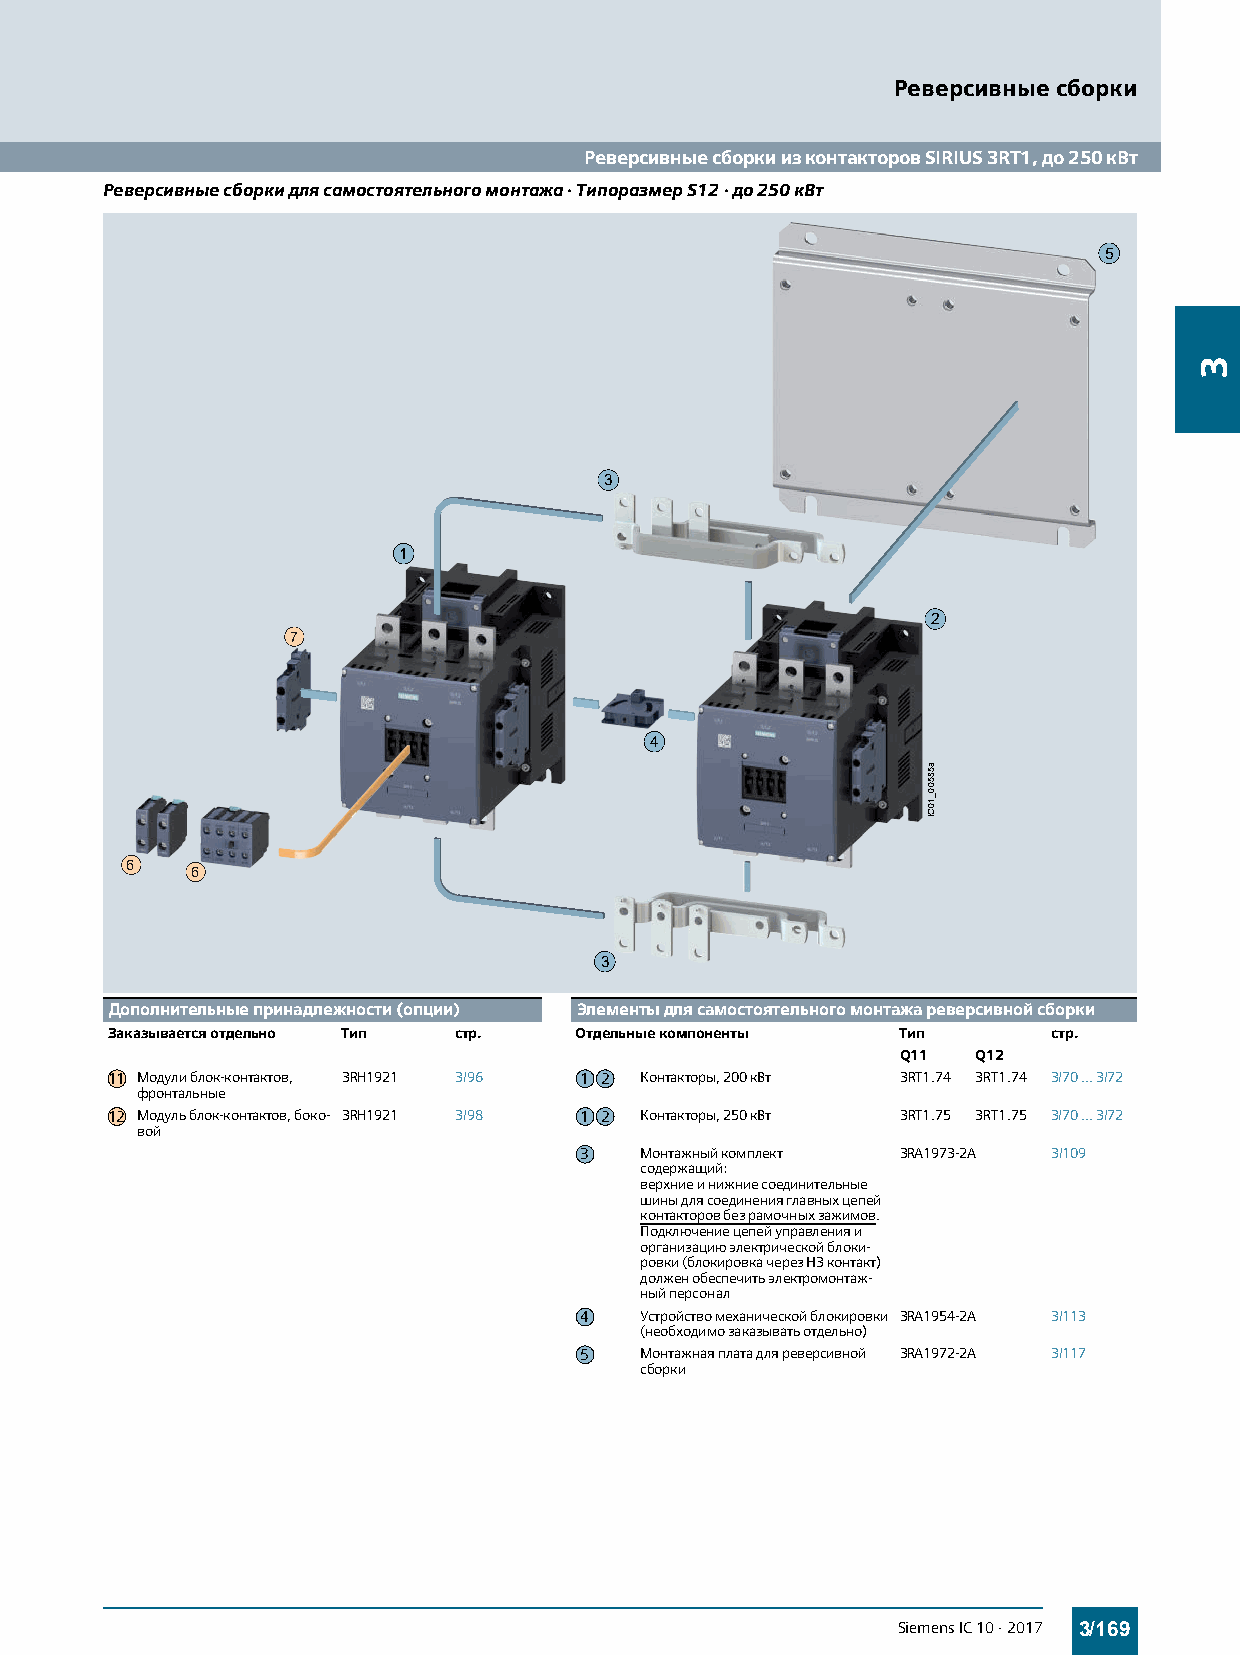
Реверсивные сборки
 Реверсивные сборки из контакторов SIRIUS 3RT1, до 250 кВт
 Реверсивные сборки для самостоятельного монтажа · Типоразмер S12 · до 250 кВт
 5
 3
 1
 2
 7
 4
 6
 6
 3
 Дополнительные принадлежности (опции) Элементы для самостоятельного монтажа реверсивной сборки
 Заказывается отдельно Тип стр. Отдельные компоненты  Тип       стр.
 Q11  Q12
 11 Модули блок-контактов, 3RH1921 3/96 1 2 Контакторы, 200кВт 3RT1.74 3RT1.74 3/70...3/72
 фронтальные
 112 Модуль блок-контактов, боко- 3RH1921 3/98 1 2 Контакторы, 250кВт 3RT1.75 3RT1.75 3/70...3/72
 вой
 3   Монтажный комплект 3RA1973-2A 3/109
 содержащий:
 верхние и нижние соединительные
 шины для соединения главных цепей
 контакторов без рамочных зажимов.
 Подключение цепей управления и
 организацию электрической блоки-
 ровки (блокировка через НЗ контакт)
 должен обеспечить электромонтаж-
 ный персонал
 4   Устройство механической блокировки 3RA1954-2A 3/113
 (необходимо заказывать отдельно)
 5   Монтажная плата для реверсивной 3RA1972-2A 3/117
 сборки
 Siemens IC 10 · 2017 3/169
 a58500_10CI
 3